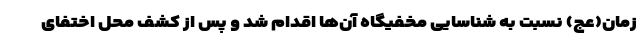
زمان(عج) نسبت به شناسایی مخفیگاه آن‌ها اقدام شد و پس از کشف محل اختفای